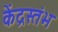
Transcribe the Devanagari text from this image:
केंद्रस्तंभ